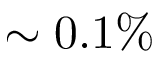
\sim 0 . 1 \%